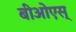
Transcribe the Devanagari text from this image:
बीओएस्